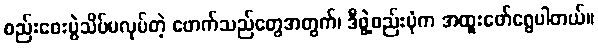
စည်းဝေးပွဲသိပ်မလုပ်တဲ့ ဖောက်သည်တွေအတွက်၊ ဒီဖွဲ့စည်းပုံက အထူးဖော်ရွေပါတယ်။